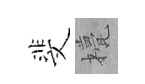
斐甍